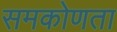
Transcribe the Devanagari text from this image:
समकोणता